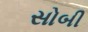
સોબી